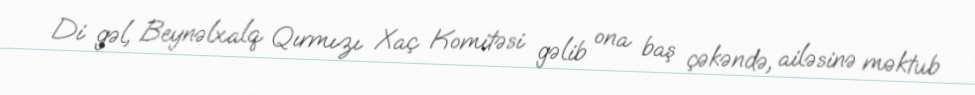
Di gəl, Beynəlxalq Qırmızı Xaç Komitəsi gəlib ona baş çəkəndə, ailəsinə məktub